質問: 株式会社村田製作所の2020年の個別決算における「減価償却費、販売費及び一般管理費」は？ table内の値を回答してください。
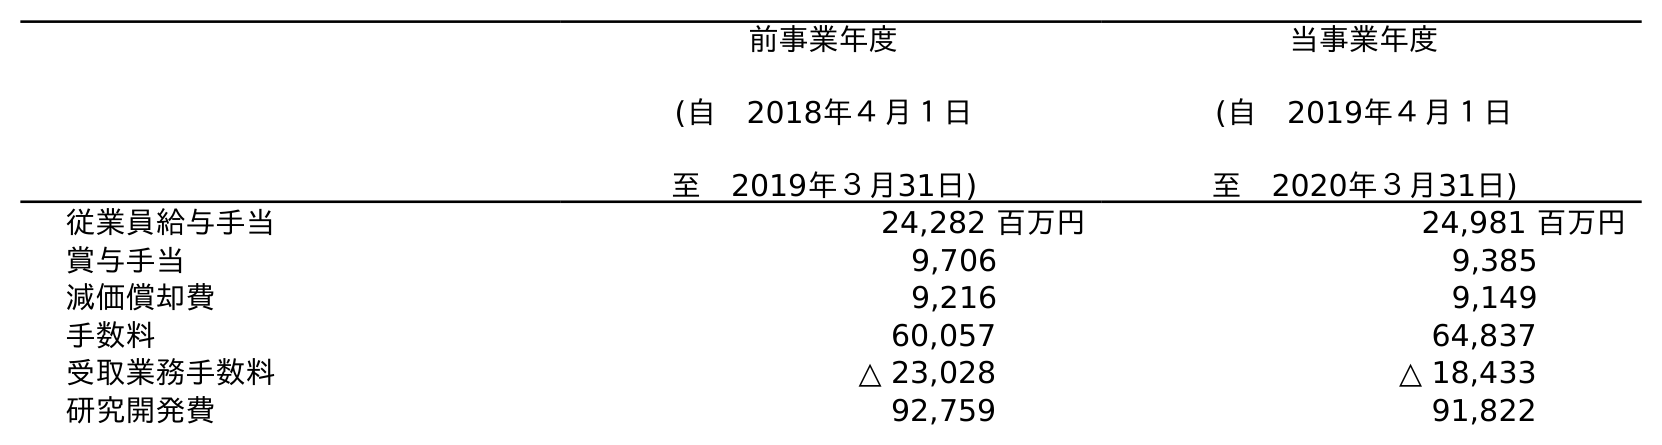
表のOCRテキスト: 前事業年度 (自 2018年４月１日 至 2019年３月31日) 当事業年度 (自 2019年４月１日 至 2020年３月31日) 従業員給与手当 24,282 百万円 24,981 百万円 賞与手当 9,706 9,385 減価償却費 9,216 9,149 手数料 60,057 64,837 受取業務手数料 △ 23,028 △ 18,433 研究開発費 92,759 91,822
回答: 9,149